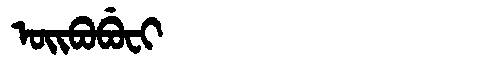
Manchu: ᠣᡳᠪᠣᠪᡠᠸᡳ
Romanization: OIBOBUFI